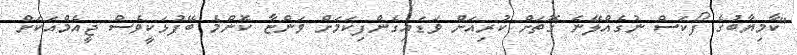
"ކާމިޔާބުގެ ފޯކަސް ނުގެއްލޭނެ ގޮތަށް ކުރިއަށް ވަޑައިގެންފިކަމަށް ވަންޏާ ކޮންމެ ބޭފުޅަކީވެސް ޖީއެމްއަކަށް